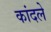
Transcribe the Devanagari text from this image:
कांदले